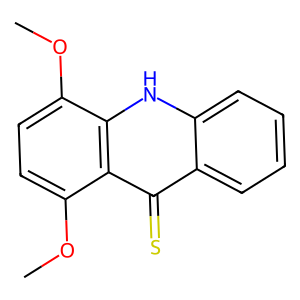
SMILES: COc1ccc(OC)c2c(=S)c3ccccc3[nH]c12
Inhibits HIV replication: No